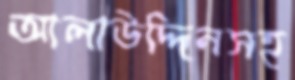
আলাউদ্দিনসহ